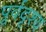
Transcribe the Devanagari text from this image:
पूर्वदृश्य